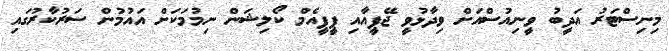
މިނިސްޓަރު އަދީބު ވީނިއުސްއަށް ވިދާޅުވީ ޖޭޕީއާއި ޕީޕީއެމް ކޯލިޝަން ނިމުމަކަށް އައުމުން ސަރުކާރުގައި